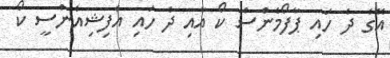
އޭގެ ދެ ހައި ޕާފޯމެންސް ކޯ އާއި ދެ ހައި އެފިޝިއެންސީ ކޯ